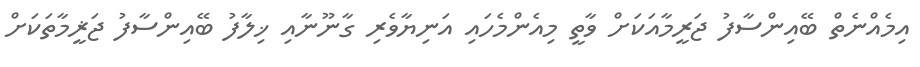
އިމެއްނެތް ބޭއިންސާފު ޖަރީމާއަކަށް ވާތީ މިއެންމެހައި އަނިޔާވެރި ގާނޫނާއި ޚިލާފު ބޭއިންސާފު ޖަޜީމާތަކަށް